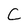
Character: C